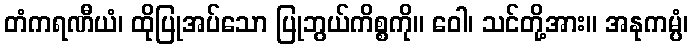
တံကရဏီယံ၊ ထိုပြုအပ်သော ပြုဘွယ်ကိစ္စကို။ ဝေါ၊ သင်တို့အား။ အနုကမ္ပံ၊